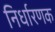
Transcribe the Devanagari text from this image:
निर्धारणक